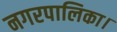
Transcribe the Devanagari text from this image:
नगरपालिका।